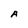
Character: A